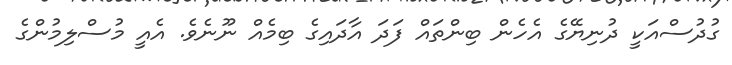
ގުދުސްއަކީ ދުނިޔޭގެ އެހެން ބިންތައް ފަދަ އާދައިގެ ބިމެއް ނޫނެވެ. އެއީ މުސްލިމުންގެ